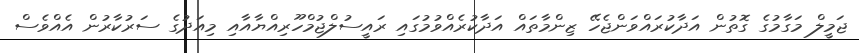
ޖަމީލް މަގާމުގެ ގޮތުން އަދާކުރައްވަންޖެހޭ ޒިންމާތައް އަދާކުރެއްވުމުގައި ރައީސުލްޖުމްހޫރިއްޔާއާއި މިއަދުގެ ސަރުކާރުން އެއްވެސް